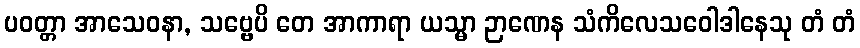
ပဝတ္တာ အာသေဝနာ, သဗ္ဗေပိ တေ အာကာရာ ယသ္မာ ဉာဏေန သံကိလေသဝေါဒါနေသု တံ တံ